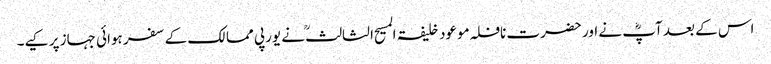
اس کے بعد آپؓ نے اور حضرت نافلہ موعود خلیفۃ المسیح الثالثؒ نے یورپی ممالک کے سفر ہوائی جہاز پر کیے۔